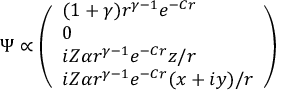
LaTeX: \Psi \propto { \left( \begin{array} { l } { ( 1 + \gamma ) r ^ { \gamma - 1 } e ^ { - C r } } \\ { 0 } \\ { i Z \alpha r ^ { \gamma - 1 } e ^ { - C r } z / r } \\ { i Z \alpha r ^ { \gamma - 1 } e ^ { - C r } ( x + i y ) / r } \end{array} \right) }